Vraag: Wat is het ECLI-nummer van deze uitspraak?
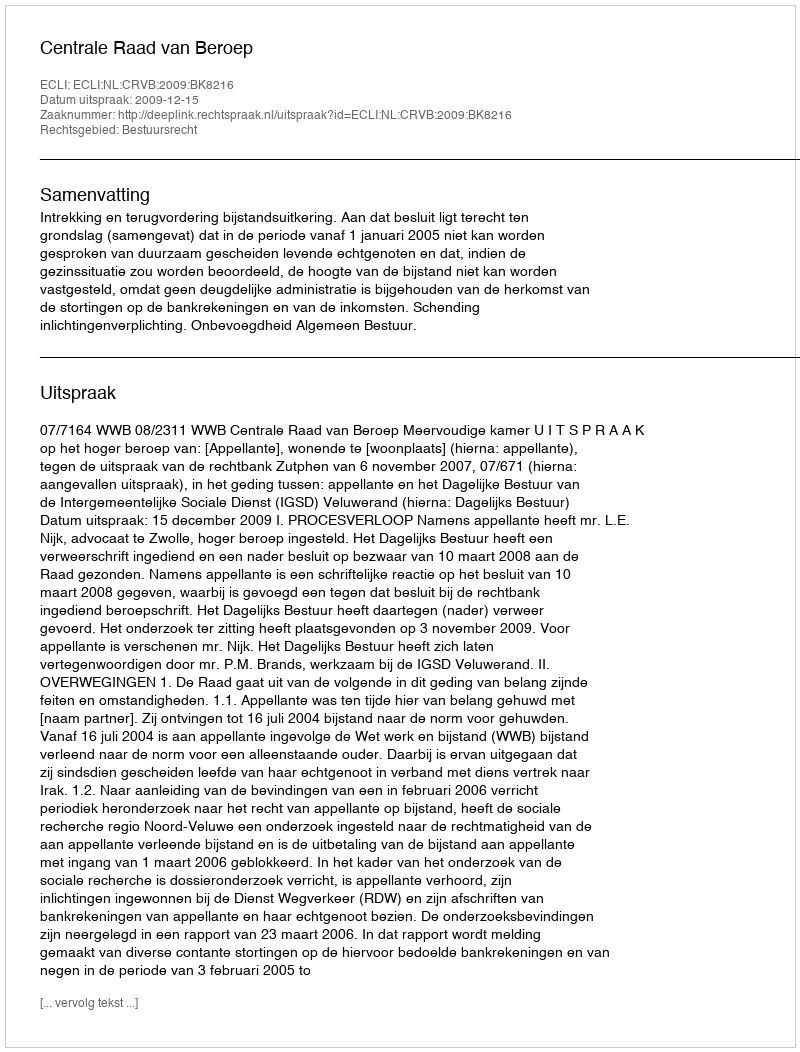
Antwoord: ECLI:NL:CRVB:2009:BK8216